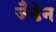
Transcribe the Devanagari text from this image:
जैडेन